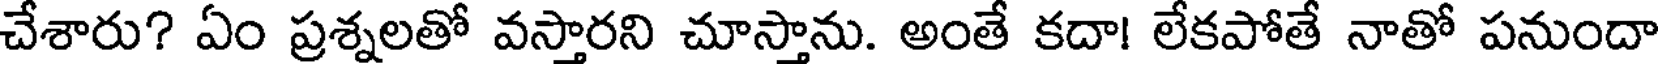
చేశారు? ఏం ప్రశ్నలతో వస్తారని చూస్తాను. అంతే కదా! లేకపోతే నాతో పనుందా